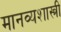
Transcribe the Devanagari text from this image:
मानव्यशास्त्री